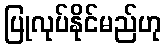
ပြုလုပ်နိုင်မည်ဟု